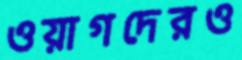
ওয়াগদেরও